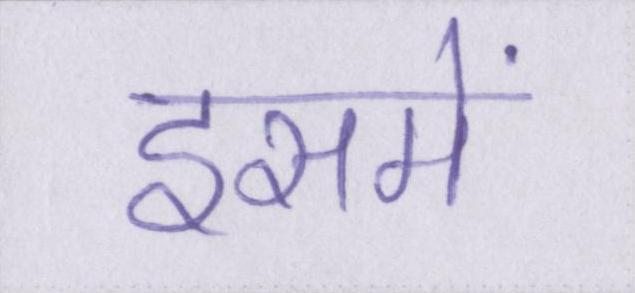
इसमें